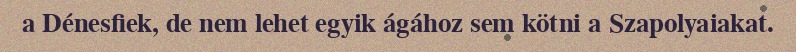
a Dénesfiek, de nem lehet egyik ágához sem kötni a Szapolyaiakat.